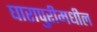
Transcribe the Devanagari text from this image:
घारापुरीमधील